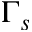
\Gamma _ { s }